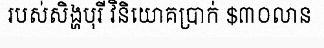
របស់សិង្ហបុរី វិនិយោគប្រាក់ $៣០លាន